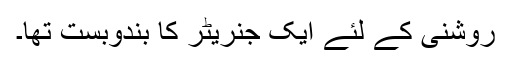
روشنی کے لئے ایک جنریٹر کا بندوبست تھا۔